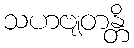
သဟဗျတန္တိ